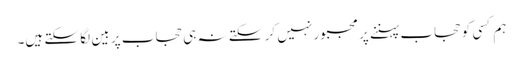
ہم کسی کو حجاب پہننے پر مجبور نہیں کر سکتے نہ ہی حجاب پر بین لگا سکتے ہیں۔